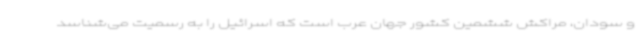
و سودان، مراکش ششمین کشور جهان عرب است که اسرائیل را به رسمیت می‌شناسد